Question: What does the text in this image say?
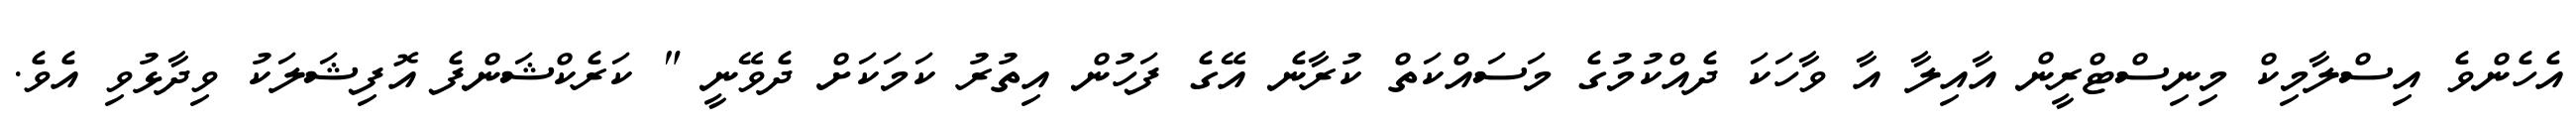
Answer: އެހެންވެ އިސްލާމިކް މިނިސްޓްރީން އާއިލާ އާ ވާހަކަ ދެއްކުމުގެ މަސައްކަތް ކުރާނެ އޭގެ ފަހުން އިތުރު ކަމަކަށް ދެވޭނީ " ކަރެކްޝަންފެ އޮފިޝަލަކު ވިދާޅުވި އެވެ.